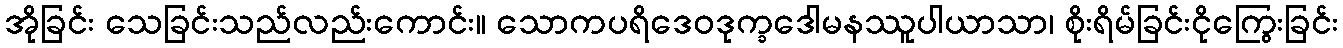
အိုခြင်း သေခြင်းသည်လည်းကောင်း။ သောကပရိဒေဝဒုက္ခဒေါမနဿူပါယာသာ၊ စိုးရိမ်ခြင်းငိုကြွေးခြင်း